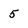
Character: 5